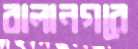
বালানগরে